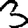
Digit: 3